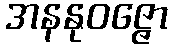
အနနုဝဇ္ဇော